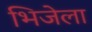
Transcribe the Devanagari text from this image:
भिजेला